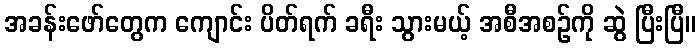
အခန်းဖော်တွေက ကျောင်း ပိတ်ရက် ခရီး သွားမယ့် အစီအစဉ်ကို ဆွဲ ပြီးပြီ။